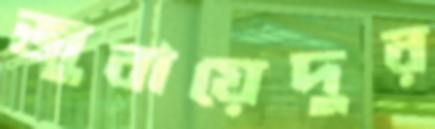
জুবায়েদুর